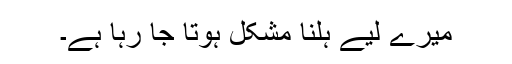
میرے لیے ہلنا مشکل ہوتا جا رہا ہے۔